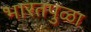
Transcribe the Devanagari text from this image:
भारतपुळा